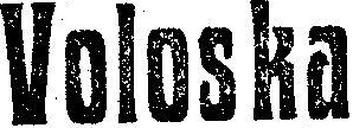
Voloska